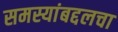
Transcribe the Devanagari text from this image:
समस्यांबद्दलचा